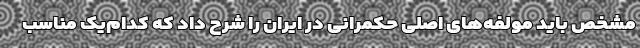
مشخص باید مولفه‌های اصلی حکمرانی در ایران را شرح داد که کدام‌یک مناسب